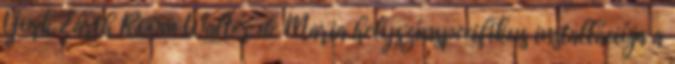
York Earth Room Walter de Maria helyszínspecifikus installációja a